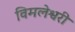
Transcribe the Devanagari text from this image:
विमलेश्वरी